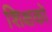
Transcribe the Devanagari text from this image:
शिक्षकोँ